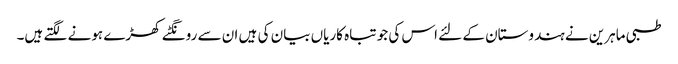
طبی ماہرین نے ہندوستان کے لئے اس کی جو تباہ کاریاں بیان کی ہیں ان سے رونگٹے کھڑے ہونے لگتے ہیں۔